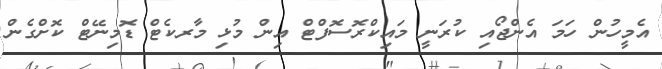
އެމީހުން ހަމަ އެންޖޯއި ކުރަނީ މައިކްރޮސޮފްޓް އިން މުޅި މާރކެޓް ޑޮމިނޭޓް ކޮށްގެން